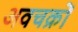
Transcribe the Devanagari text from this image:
अवचक्रों